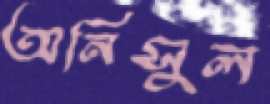
অনিসুল